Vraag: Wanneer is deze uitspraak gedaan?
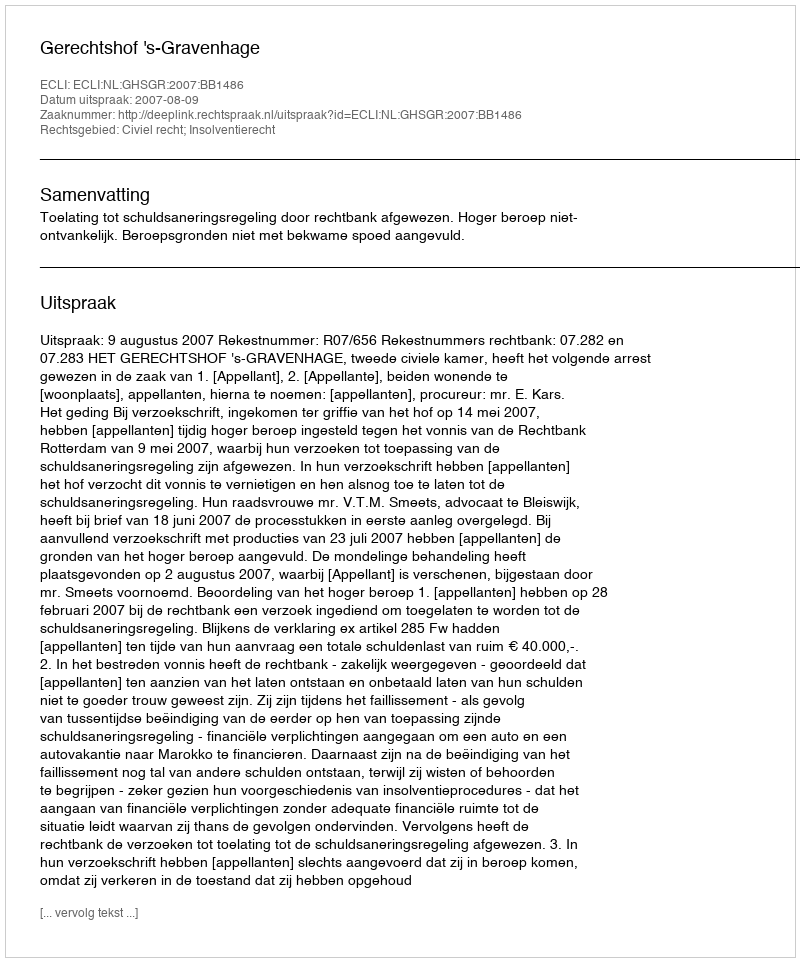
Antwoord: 2007-08-09